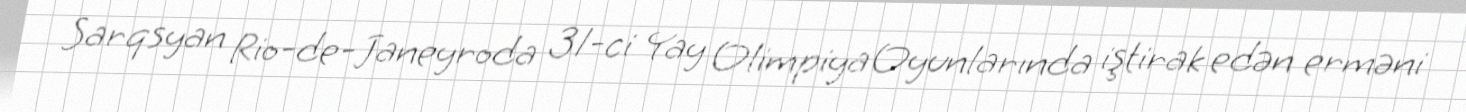
Sarqsyan Rio-de-Janeyroda 31-ci Yay Olimpiya Oyunlarında iştirak edən erməni